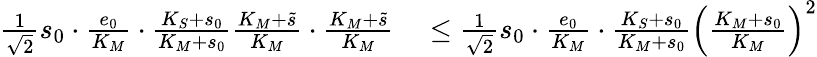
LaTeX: \begin{array}{rl}{\frac{1}{\sqrt 2}s_{0}\cdot\frac{e_{0}}{K_{M}}\cdot\frac{K_{S}+s_{0}}{K_{M}+s_{0}}\frac{K_{M}+\widetilde s}{K_{M}}\cdot\frac{K_{M}+\widetilde s}{K_{M}}}&{{}\leq\frac{1}{\sqrt 2}s_{0}\cdot\frac{e_{0}}{K_{M}}\cdot\frac{K_{S}+s_{0}}{K_{M}+s_{0}}\left(\frac{K_{M}+s_{0}}{K_{M}}\right)^{2}}\end{array}